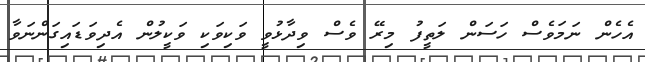
އެހެން ނަމަވެސް ހަސަން ލަތީފު މިރޭ ވެސް ވިދާޅުވީ ވަކިވަކި ވަކީލުން އެދިވަޑައިގަންނަވާ